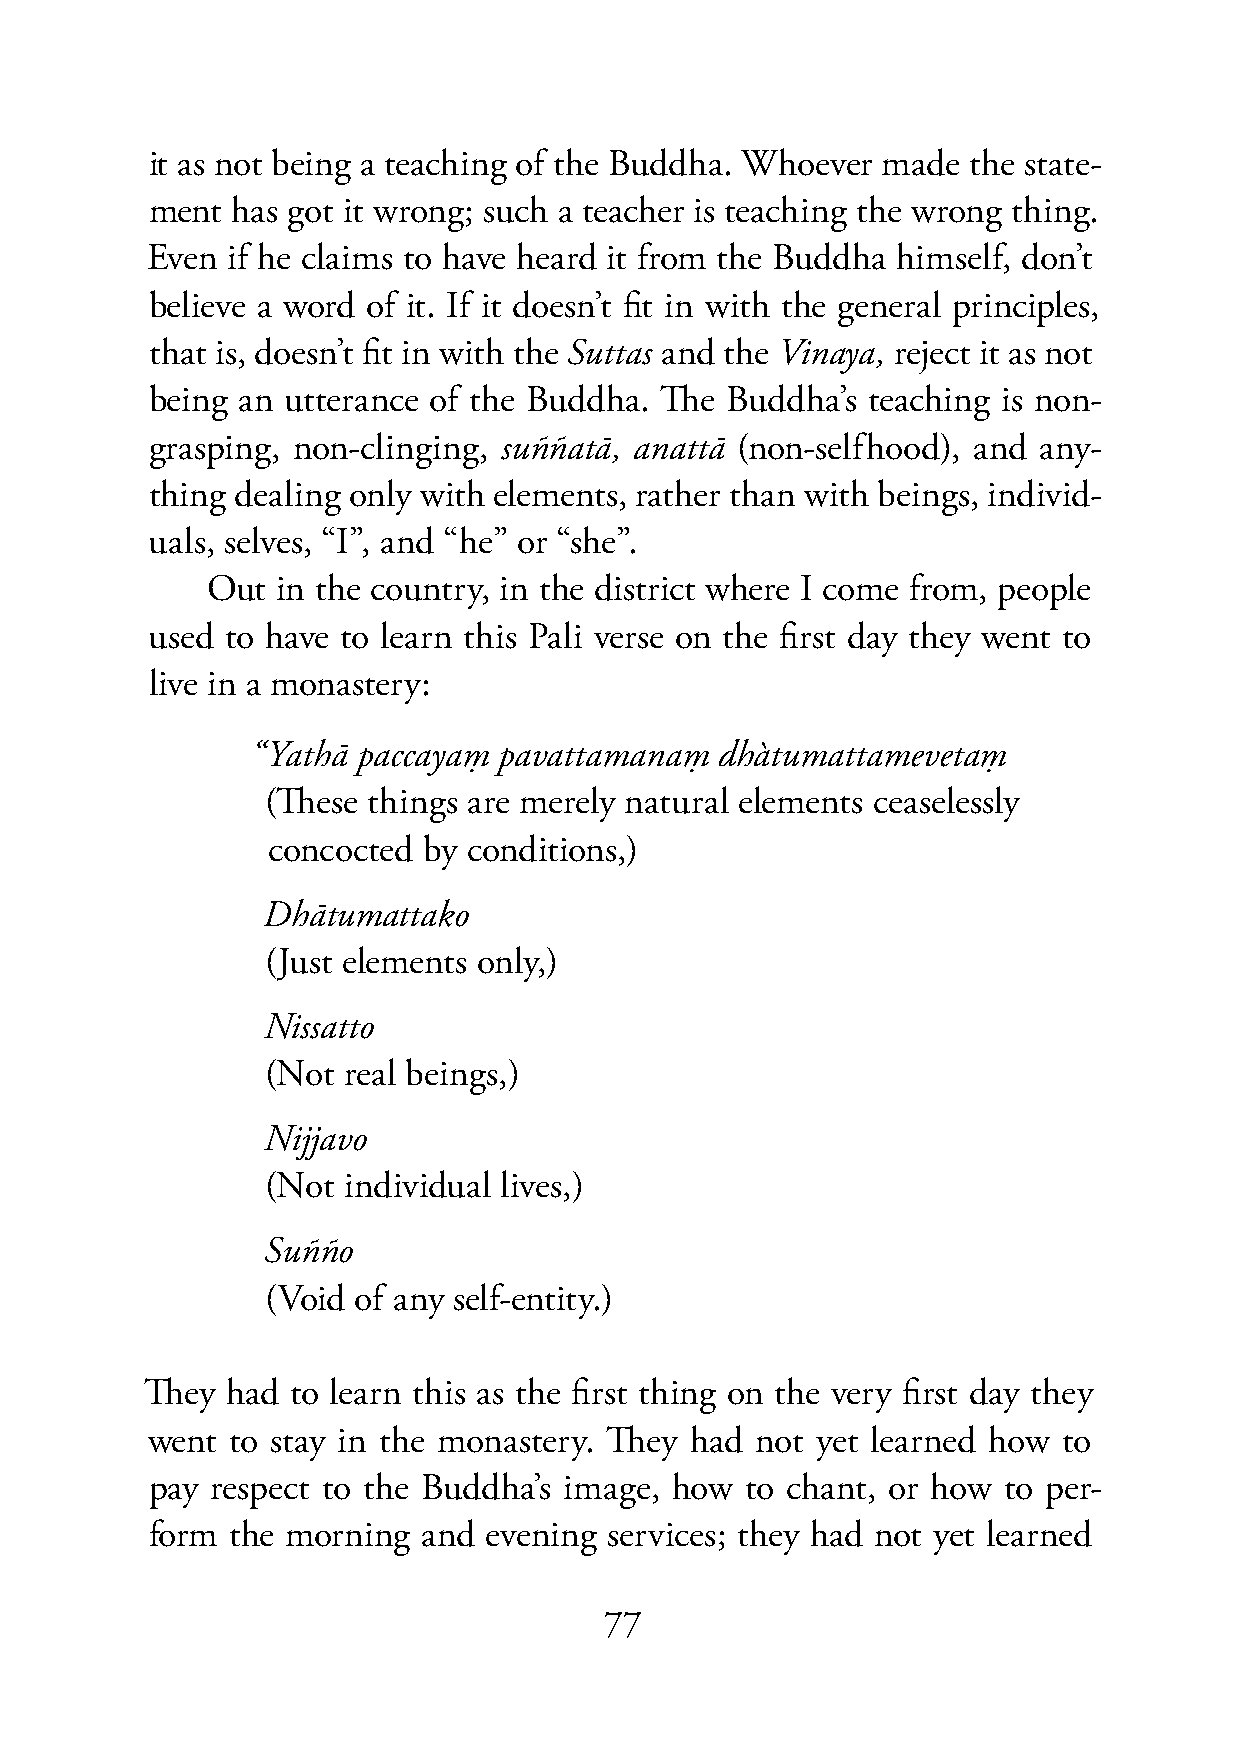
it as not being a teaching of the Buddha. Whoever made the state-
 ment has got it wrong; such a teacher is teaching the wrong thing.
 Even if he claims to have heard it from the Buddha himself, don’t
 believe a word of it. If it doesn’t fit in with the general principles,
 that is, doesn’t fit in with the Suttas and the Vinaya, reject it as not
 being an utterance of the Buddha. The Buddha’s teaching is non-
 grasping, non-clinging, suññatā, anattā (non-selfhood), and any-
 thing dealing only with elements, rather than with beings, individ-
 uals, selves, “I”, and “he” or “she”.
 Out in the country, in the district where I come from, people
 used to have to learn this Pali verse on the first day they went to
 live in a monastery:
 “Yathā paccayaṃ pavattamanaṃ   dhàtumattamevetaṃ
 (These things are merely natural elements ceaselessly
 concocted by conditions,)
 Dhātumattako
 (Just elements only,)
 Nissatto
 (Not real beings,)
 Nijjavo
 (Not individual lives,)
 Suñño
 (Void of any self-entity.)
 They had to learn this as the first thing on the very first day they
 went to stay in the monastery. They had not yet learned how to
 pay respect to the Buddha’s image, how to chant, or how to per-
 form the morning  and evening services; they had not yet learned
 77